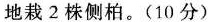
地栽2株侧柏。(10分)